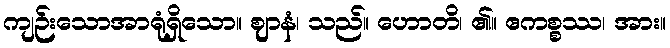
ကျဉ်းသောအာရုံရှိသော။ ဈာနံ၊ သည်။ ဟောတိ၊ ၏။ ဧကစ္စဿ၊ အား။